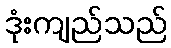
ဒုံးကျည်သည်